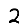
Digit: 2